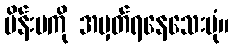
မိန်းမကို အမှတ်ရနေသေးပုံ။